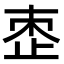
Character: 𬅼